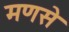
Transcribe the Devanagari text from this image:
मणसे